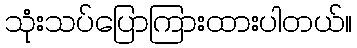
သုံးသပ်ပြောကြားထားပါတယ်။